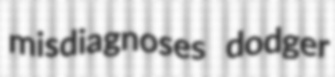
misdiagnoses dodger